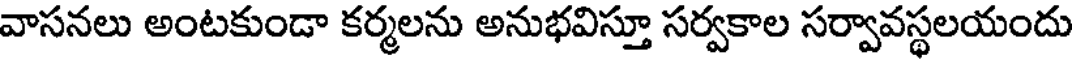
వాసనలు అంటకుండా కర్మలను అనుభవిస్తూ సర్వకాల సర్వావస్థలయందు